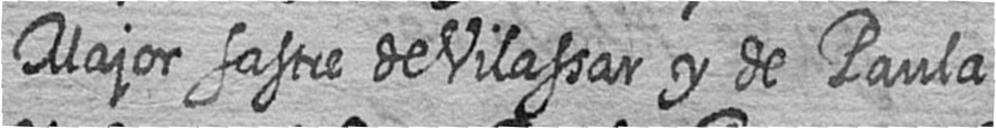
Major sastre de Vilassar y de Paula